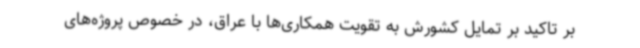
بر تاکید بر تمایل کشورش به تقویت همکاری‌ها با عراق، در خصوص پروژه‌های